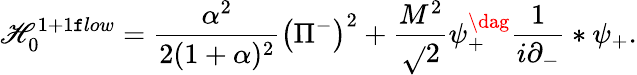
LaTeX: {\cal\mathscr{H}}_{0}^{1+1\mathtt{f}low}=\frac{{\alpha^{2}}}{{2(1+\alpha)^{2}}}\left(\Pi^{-}\right)^{2}+\frac{{M^{2}}}{{\sqrt{}{{2}}}}\psi_{+}^{\dag}\frac{{1}}{{i\partial_{-}}}*\psi_{+}.